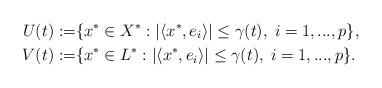
LaTeX: \begin{align*}U(t):=&\{x^{\ast }\in X^{\ast }:|\langle x^{\ast },e_{i}\rangle |\leq \gamma(t),\;i=1,...,p\},\\V(t):=&\{x^{\ast }\in L^{\ast }:|\langle x^{\ast},e_{i}\rangle |\leq \gamma (t),\;i=1,...,p\}.\end{align*}